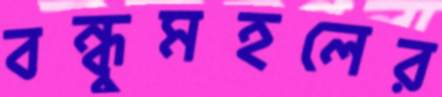
বন্ধুমহলের